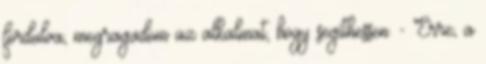
fordulva, megragadom az alkalmat, hogy segíthessen. - Erre, a